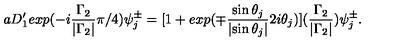
a D _ { 1 } ^ { \prime } e x p ( - i \frac { { \Gamma } _ { 2 } } { | { \Gamma } _ { 2 } | } { \pi } / 4 ) { \psi } _ { j } ^ { \pm } = [ 1 + e x p ( { \mp } \frac { \sin { \theta } _ { j } } { | { \sin \theta } _ { j } | } 2 i { \theta } _ { j } ) ] ( \frac { { \Gamma } _ { 2 } } { | { \Gamma } _ { 2 } | } ) { \psi } _ { j } ^ { \pm } .